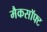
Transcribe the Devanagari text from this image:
मैकसॉफ्ट